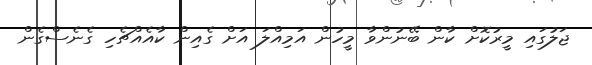
ޖަލުގައި މީރުކޮށް ކާން ބޭނުންވާ މީހުން އަމިއްލަ އަށް ގެއިން ކާއެއްޗެހި ގެނެސްގެން